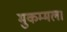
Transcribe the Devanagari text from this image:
मुकम्मल।